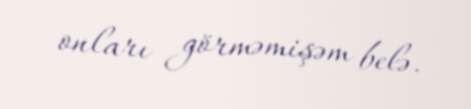
onları görməmişəm belə.